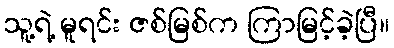
သူ့ရဲ့ မူရင်း ဇစ်မြစ်က ကြာမြင့်ခဲ့ပြီ။